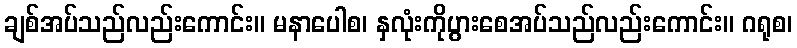
ချစ်အပ်သည်လည်းကောင်း။ မနာပေါစ၊ နှလုံးကိုပွားစေအပ်သည်လည်းကောင်း။ ဂရုစ၊